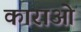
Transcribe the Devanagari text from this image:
काराओं